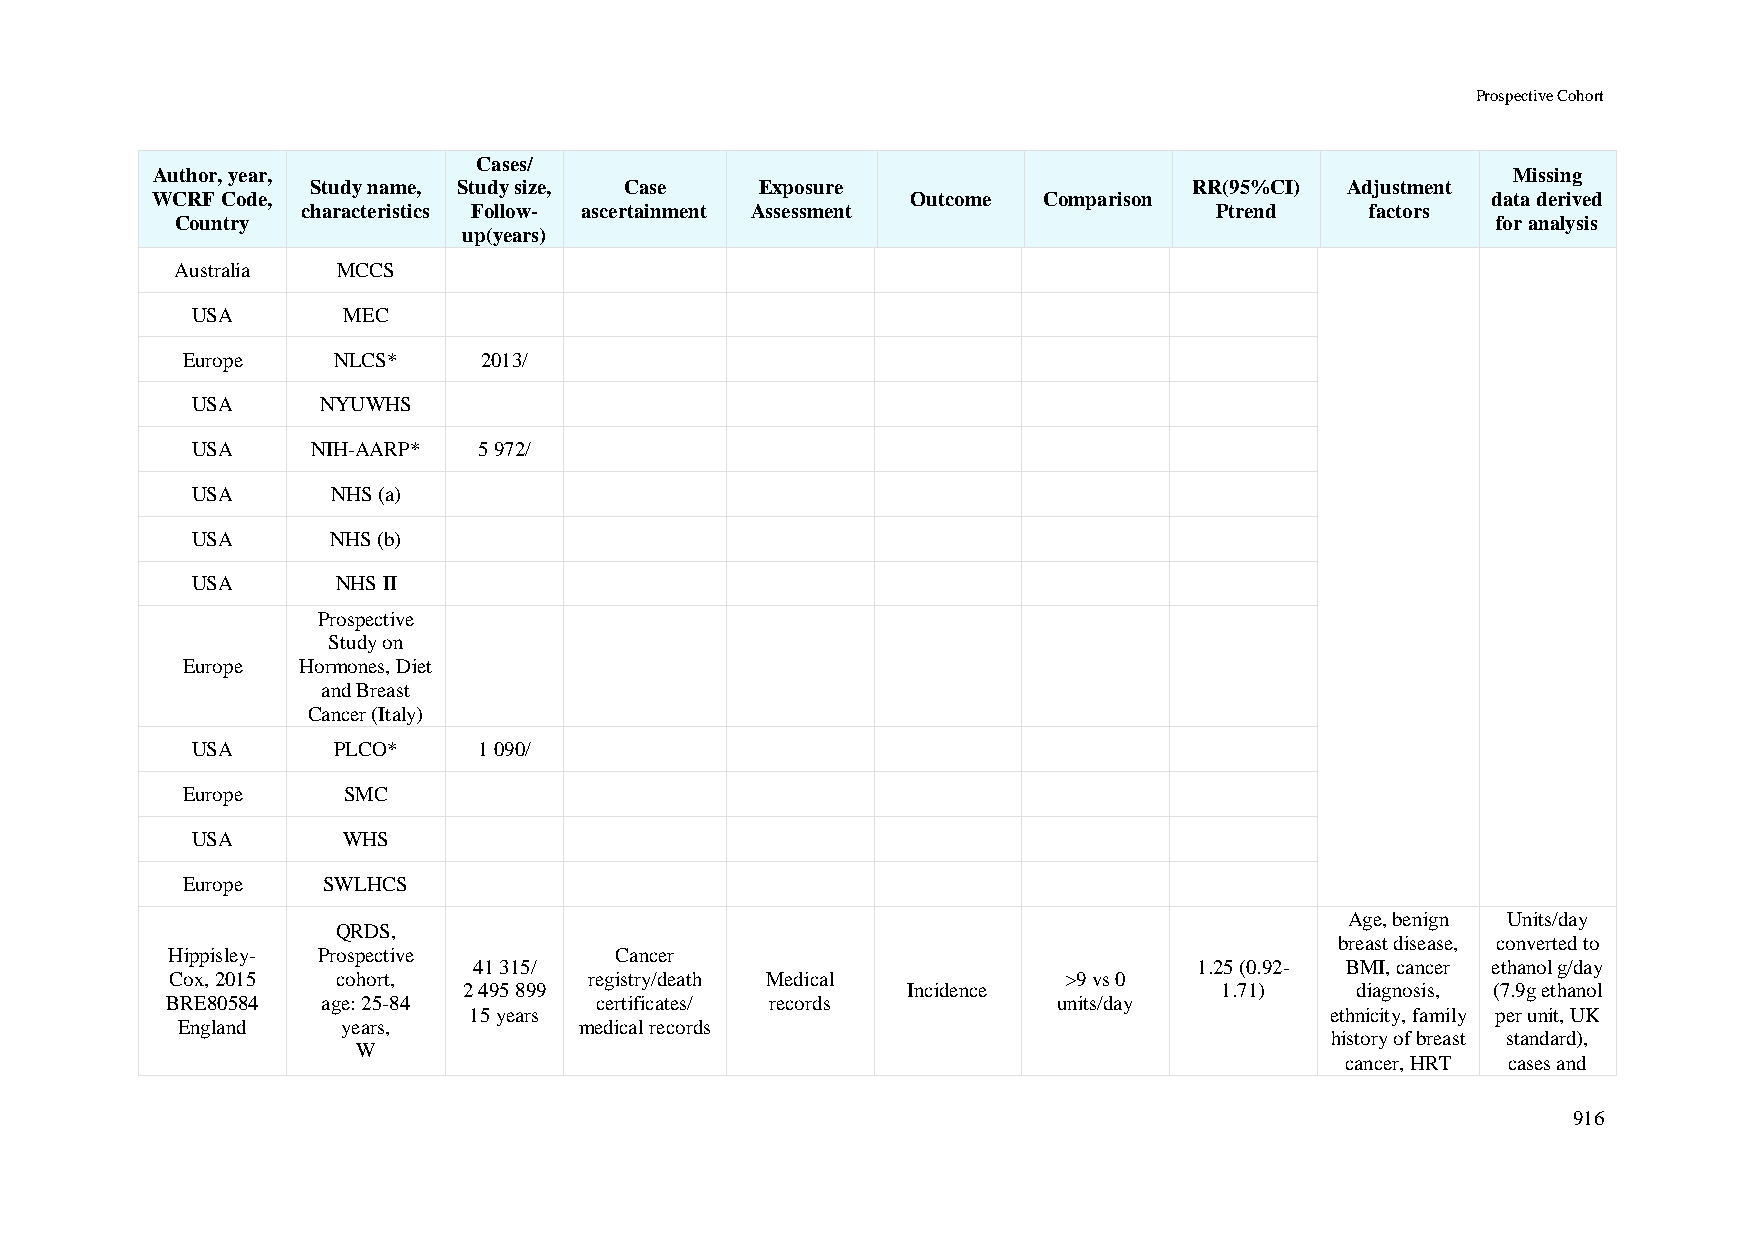
Prospective Cohort
 Cases/
 Author, year,                                                                             Missing
 Study name, Study size, Case Exposure                     RR(95%CI) Adjustment
 WCRF Code,                                        Outcome  Comparison                    data derived
 characteristics Follow- ascertainment Assessment            Ptrend     factors
 Country                                                                                for analysis
 up(years)
 Australia MCCS
 USA       MEC
 Europe    NLCS*     2013/
 USA     NYUWHS
 USA     NIH-AARP*  5 972/
 USA      NHS (a)
 USA      NHS (b)
 USA      NHS II
 Prospective
 Study on
 Europe  Hormones, Diet
 and Breast
 Cancer (Italy)
 USA      PLCO*     1 090/
 Europe     SMC
 USA       WHS
 Europe   SWLHCS
 Age, benign Units/day
 QRDS,
 breast disease, converted to
 Hippisley- Prospective        Cancer
 41 315/                                         1.25 (0.92- BMI, cancer ethanol g/day
 Cox, 2015  cohort,          registry/death Medical         >9 vs 0
 2 495 899                    Incidence            1.71)    diagnosis, (7.9g ethanol
 BRE80584  age: 25-84        certificates/ records          units/day
 15 years                                                 ethnicity, family per unit, UK
 England    years,         medical records
 history of breast standard),
 W
 cancer, HRT cases and
 916